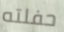
حفلته